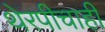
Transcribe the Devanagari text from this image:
थेरपीचाही